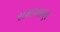
રામબાણ